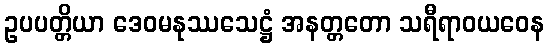
ဥပပတ္တိယာ ဒေဝမနုဿသေဋ္ဌံ အနတ္တတော သရီရာဝယဝေန